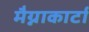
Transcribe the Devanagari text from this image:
मैग्नाकार्टा